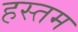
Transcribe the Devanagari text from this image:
हस्तम